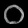
Digit: ၀